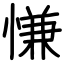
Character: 慊